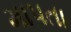
માપતા